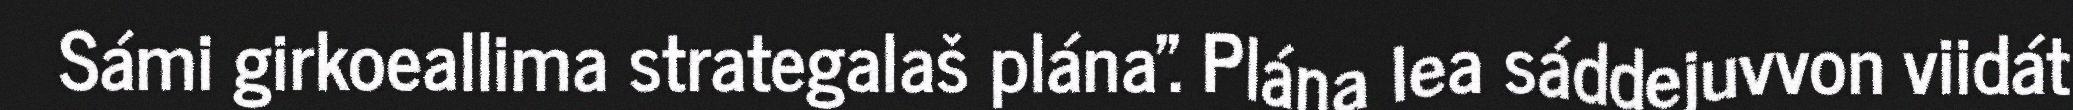
Sámi girkoeallima strategalaš plána". Plána lea sáddejuvvon viidát